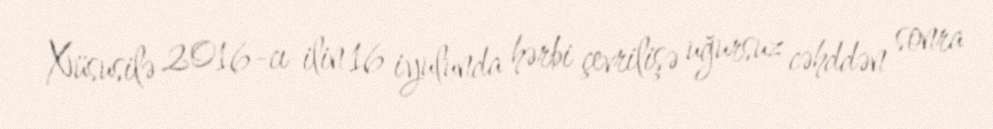
Xüsusilə 2016-cı ilin 16 iyulunda hərbi çevrilişə uğursuz cəhddən sonra